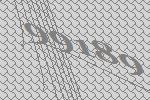
99189